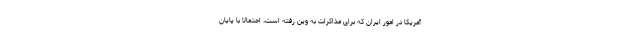
آمریکا در امور ایران که برای مذاکرات به وین رفته است، احتمالا با پایان